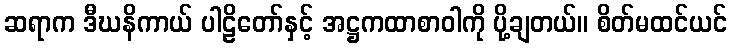
ဆရာက ဒီဃနိကာယ် ပါဠိတော်နှင့် အဋ္ဌကထာစာဝါကို ပို့ချတယ်။ စိတ်မထင်ယင်